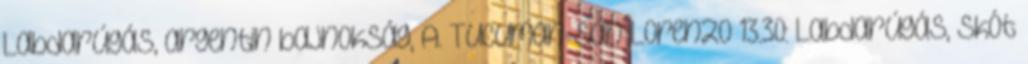
Labdarúgás, argentin bajnokság, A. Tucuman-San Lorenzo 13.30: Labdarúgás, skót